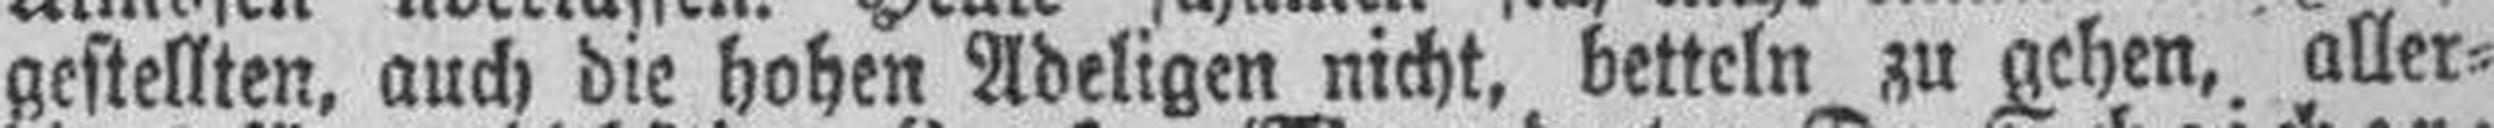
gestellten, auch die hohen Adeligen nicht, betteln zu gehen, aller¬